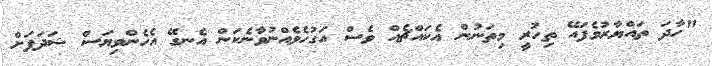
"ހާދަ ތައްޔާރުވެފައޭ ތިހުރީ މިތަނުން އެކައްޗެއް ވެސް އަގުހެވެއްނުވާނެކަން އެނގޭ އެހެންވިޔަސް ޝަދަފަށް